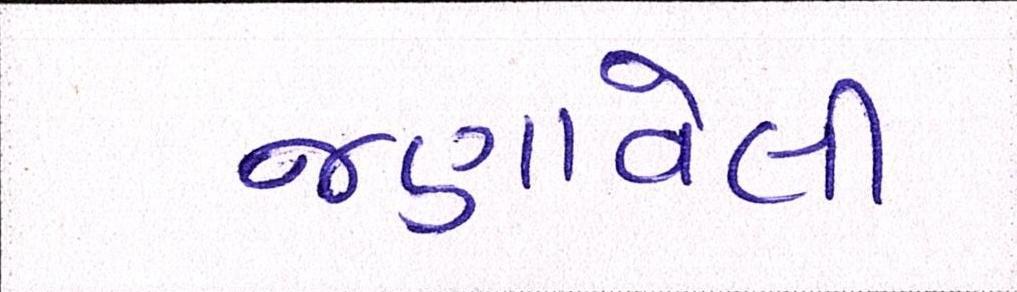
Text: જણાવેલી